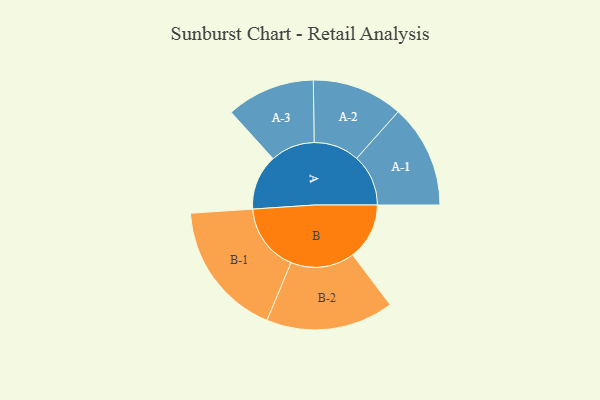
{"axis": {"x": "Segment", "y": "Value"}, "legend": ["", "A", "B"], "data": [{"x": "A", "y": 232, "type": ""}, {"x": "B", "y": 238, "type": ""}, {"x": "A-1", "y": 217, "type": "A"}, {"x": "A-2", "y": 191, "type": "A"}, {"x": "A-3", "y": 186, "type": "A"}, {"x": "B-1", "y": 286, "type": "B"}, {"x": "B-2", "y": 268, "type": "B"}]}